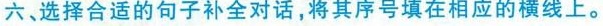
六、选择合适的句子补全对话，将其序号填在相应的横线上。